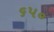
૬પ૦